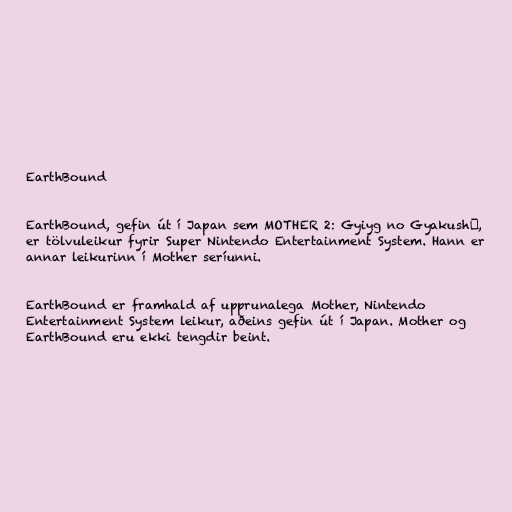
EarthBound

EarthBound, gefin út í Japan sem MOTHER 2: Gyiyg no Gyakushū,
er tölvuleikur fyrir Super Nintendo Entertainment System. Hann er
annar leikurinn í Mother seríunni.

EarthBound er framhald af upprunalega Mother, Nintendo
Entertainment System leikur, aðeins gefin út í Japan. Mother og
EarthBound eru ekki tengdir beint.